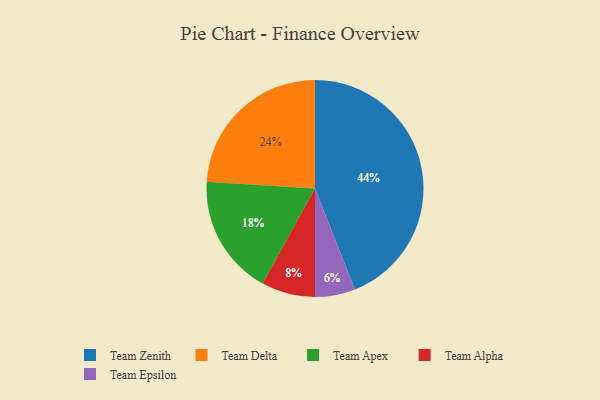
{"axis": {"x": "Category", "y": "Percentage"}, "legend": ["Team Alpha", "Team Apex", "Team Delta", "Team Epsilon", "Team Zenith"], "data": [{"x": "Team Zenith", "y": 44, "type": "Team Zenith"}, {"x": "Team Alpha", "y": 8, "type": "Team Alpha"}, {"x": "Team Delta", "y": 24, "type": "Team Delta"}, {"x": "Team Epsilon", "y": 6, "type": "Team Epsilon"}, {"x": "Team Apex", "y": 18, "type": "Team Apex"}]}